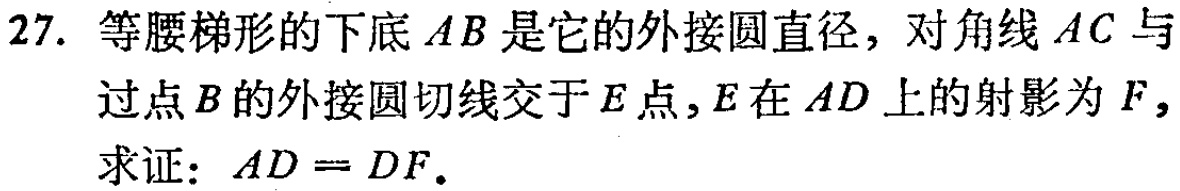
27. 等腰梯形的下底\(AB\)是它的外接圆直径，对角线\(AC\)与过点\(B\)的外接圆切线交于\(E\)点，\(E\)在\(AD\)上的射影为\(F\)，求证：\(AD = DF\).